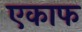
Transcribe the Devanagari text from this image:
एकाफ